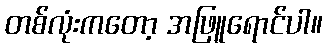
တစ်လုံးကတော့ အဖြူရောင်ပါ။